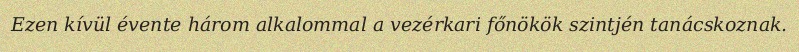
Ezen kívül évente három alkalommal a vezérkari főnökök szintjén tanácskoznak.